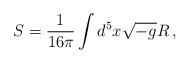
LaTeX: \begin{align*}S = \frac{1}{16\pi}\int d^5x \sqrt{-g} R \, , \end{align*}